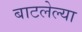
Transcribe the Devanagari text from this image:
बाटलेल्या